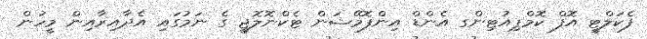
ފެކަލްޓީ އޮފް ކޮމްޕިއުޓިންގ އެންޑް އިންފޮމޭޝަން ޓެކްނޮލޮޖީ ގެ ނަމުގައި އެދާއިރާއިން މީހުން